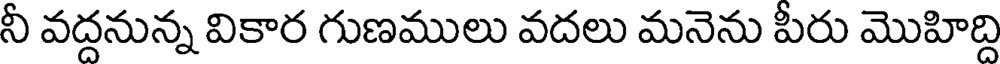
నీ వద్దనున్న వికార గుణములు వదలు మనెను పీరు మొహిద్ది